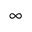
\infty